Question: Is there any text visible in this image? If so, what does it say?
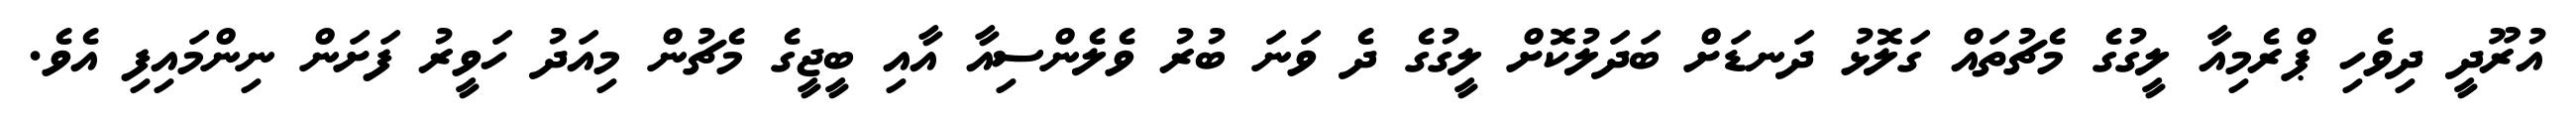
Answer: އުރޫދީ ދިވެހި ޕްރެމިއާ ލީގުގެ މެޗުތައް ގަލޮޅު ދަނޑަށް ބަދަލުކޮށް ލީގުގެ ދެ ވަނަ ބުރު ވެލެންސިއާ އާއި ބީޖީގެ މެޗުން މިއަދު ހަވީރު ފަށަން ނިންމައިފި އެވެ.